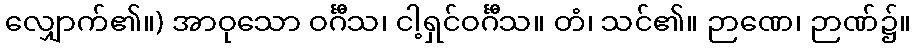
လျှောက်၏။) အာဝုသော ဝင်္ဂီသ၊ ငါ့ရှင်ဝင်္ဂီသ။ တံ၊ သင်၏။ ဉာဏေ၊ ဉာဏ်၌။